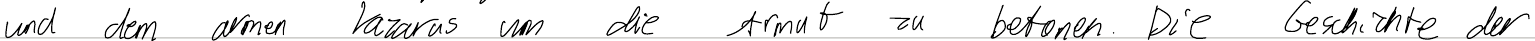
und dem armen Lazarus um die Armut zu betonen. Die Geschichte der